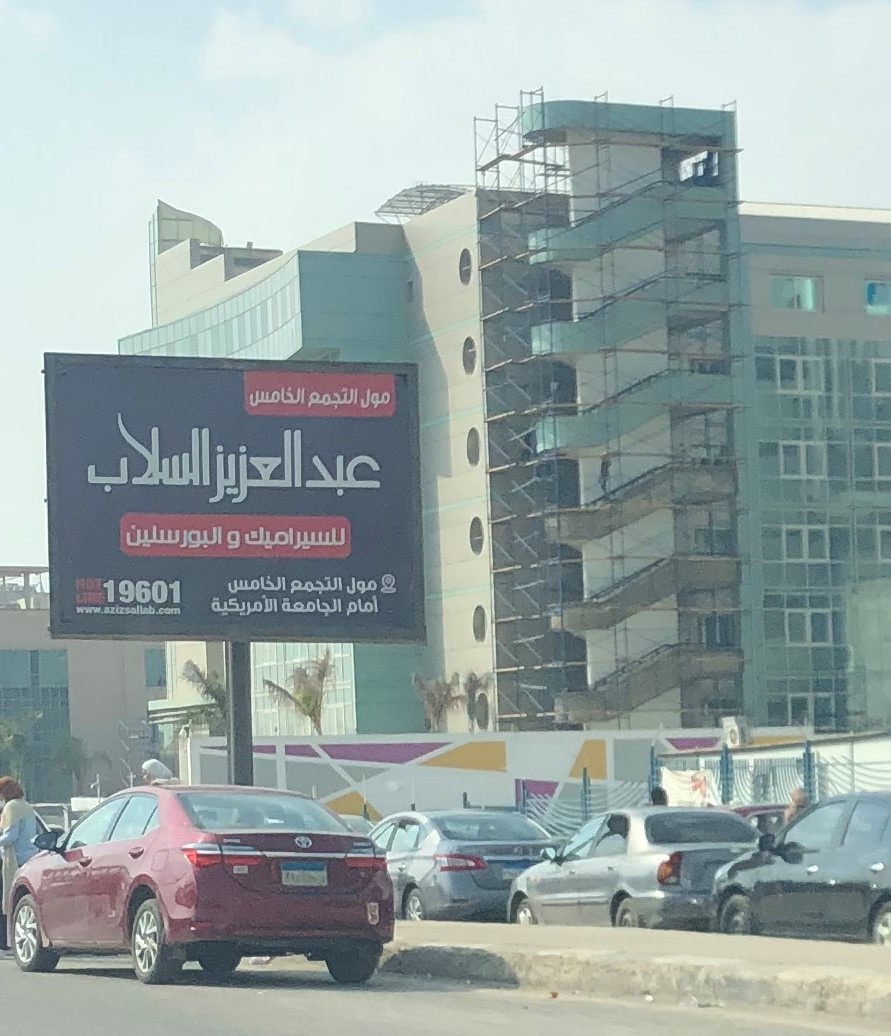
Text in image: الخامس مول التجمع السلاب العزيز عبد البورسلين للسيراميك و الخامس التجمع مول الأمريكية أمام الجامعة 19601 www.azizsallab.com